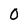
Character: 0